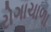
રોગાચાળા